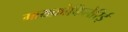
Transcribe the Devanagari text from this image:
मायक्रोफिलेरिई